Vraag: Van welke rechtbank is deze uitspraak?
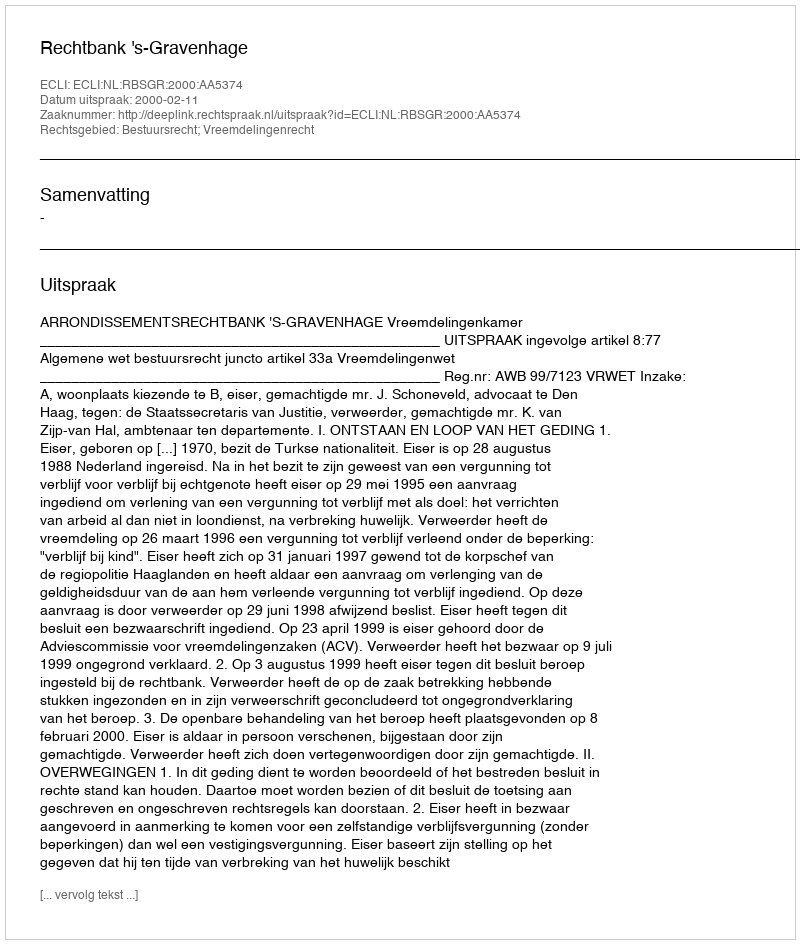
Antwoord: Rechtbank 's-Gravenhage